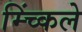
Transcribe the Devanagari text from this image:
म्च्किंले